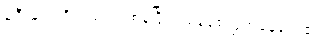
ခရီးများကိုလည်း တစ်ခုပြီးတစ်ခုစေလွှတ်နေလေ၏။